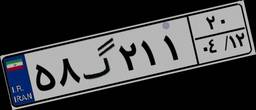
۵۸گ۲۱۱۲۰